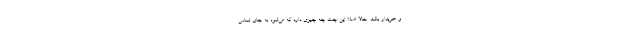
و خریدار باشد. حالا اصلا این چت چه چیزی دارد که می‌شود به جای تماس